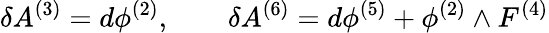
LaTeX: \delta A^{(3)}=d\phi^{(2)},\qquad\delta A^{(6)}=d\phi^{(5)}+\phi^{(2)}\wedge F^{(4)}